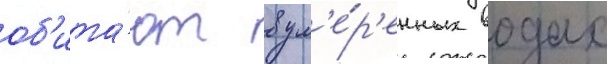
об'ита́ют в ум'е́р'енных водах